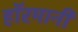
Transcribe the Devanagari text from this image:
हाॅरमानी